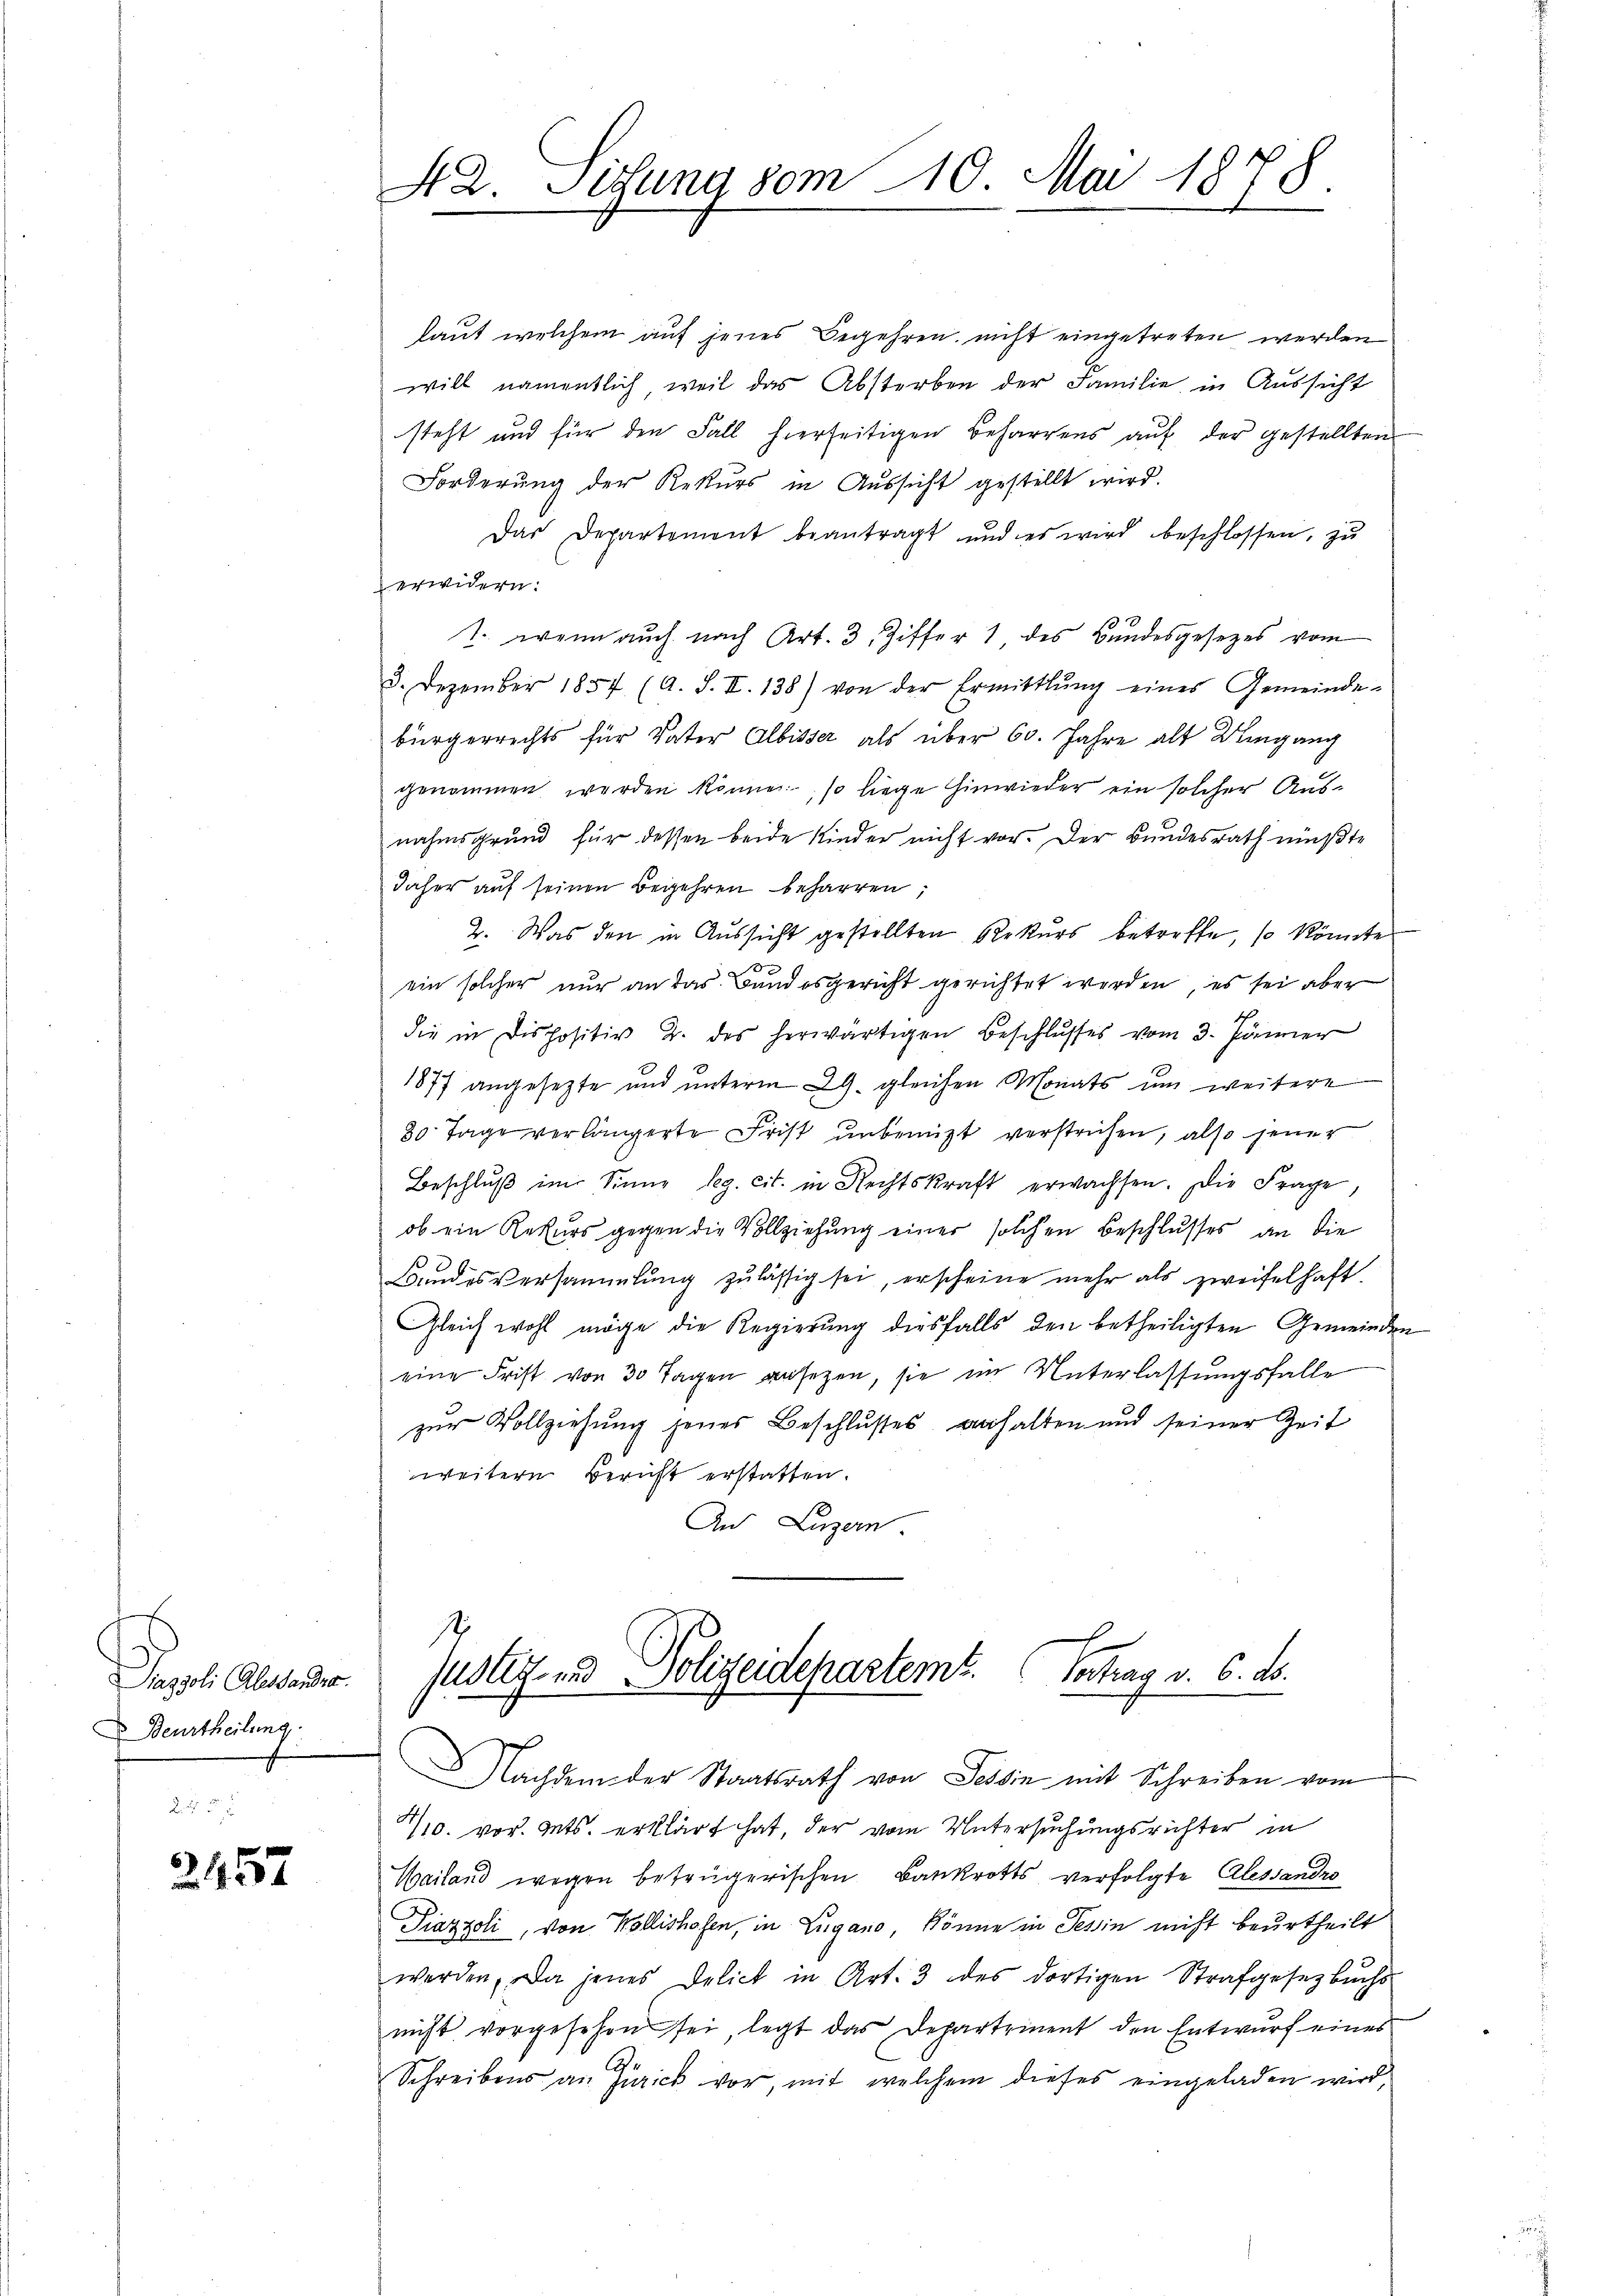
Papsoli Abstander
Beurtheilung

24557

42. Sitzung vom 10. Mai 1878.

laut welchem auf jenes Begehren nicht eingetreten werden
will namentlich weil das Absterben der Familie in Aussicht
steht und für den Fall hierseitigen Beharrens auf der gestellten
Forderung der Rekurs in Aŭssicht gestellt wird.
Das Departement beantragt und es wird beschlossen, zu
erwidern:
1. wenn auch nach Art. 3. Ziffer 1, des Bundesgesetzes vom
3. Dezember 1854 (A. S. II. 138) von der Ermittlung eines Gemeinde-
bürgerrechts für Vater Albisser als über 60. Jahre alt Umgang
genommen werden könne, so liege hinwieder ein solcher Ausnahmsgrund für dessen beide Kinder nicht vor. Der Bundesrath müßte
daher auf seinen Begehren beharren;
2. Was den in Aussicht gestellten Rekurs betreffe, so könnte
o
ein solcher nur an das Bandesgericht gerichtet werden, es sei aber
die in Dispositiv 2. des herwärtigen Beschlŭsses vom 3. Jänner
1877 angesetzte und unterm 29. gleichen Monats ŭm weitere
30 Tage verlängerte Frist unbenützt verstrichen, also jener
Beschlŭβ im Sinne Reg. cit. in Rechtskraft erwachsen. Die Frage,
ob ein Rekurs gegen die Vollziehung einer solchen Beschlusses an die
Bundesversammlung zulässig sei, erscheine mehr als zweifelhaft.
Gleich wohl möge die Regierung diesfalls den betheiligten Gemeinden
eine Frist von 30 Tagen ansezen, sie im Unterlassungsfalle
zur Vollziehung jenes Beschlusses anhalten und seiner Zeit
weitern Bericht erstatten.
An Luzern.

7/10. vor. Mts. erklärt hat, der vom Untersuchungsrichter in
Wailand wegen betrügerischen Bankrotts verfolgte Alessandro
Piazzoli, von Wollishofen, in Lugano, könne in Tessin nicht beurtheilt
werden. Da jenes Delict in Art. 3 des dortigen Strafgesetzbuchs
nicht vorgesehen sei, legt das Departement den Entwurf eines
Schreibens an Zürick vor, mit welchem dieses eingeladen wird,

Justiz- und Polizeidepartemt. Vertrag v. 6. ds.
 Nachdem der Staatsrath von Tessin mit Schreiben vom